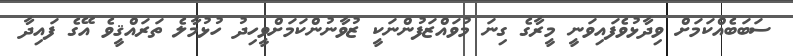
ސަބަބެއްކަމަށް ވިދާޅުވެފައިވަނީ މީރާގެ ގިނަ މުވައްޒަފުންނަކީ ޒުވާނުންކަމަށްވީހިދު ހުޅުމާލެ ތަރައްޤީވެ އޭގެ ފައިދާ